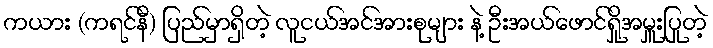
ကယား (ကရင်နီ) ပြည်မှာရှိတဲ့ လူငယ်အင်အားစုများ နဲ့ ဦးအယ်ဖောင်ရှိုအမှူးပြုတဲ့